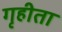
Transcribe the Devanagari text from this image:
गृहीता